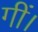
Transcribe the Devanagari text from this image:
गीं।